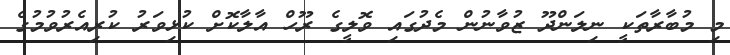
މި މުބާރާތަކީ ނިލަންދޫ ޒުވާނުން މެދުގައި ވޮލީގެ ރޫހް އާލާކޮށް ކުޅިވަރު ކުރިއެރުވުމުގެ